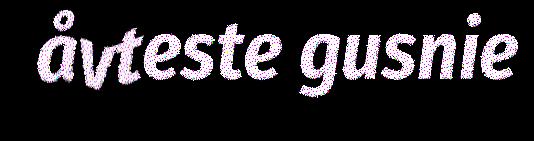
åvteste gusnie